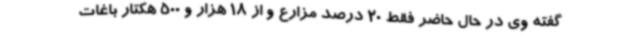
گفته وی در حال حاضر فقط 20 درصد مزارع و از 18 هزار و 500 هکتار باغات